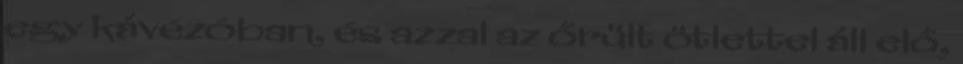
egy kávézóban, és azzal az őrült ötlettel áll elő,